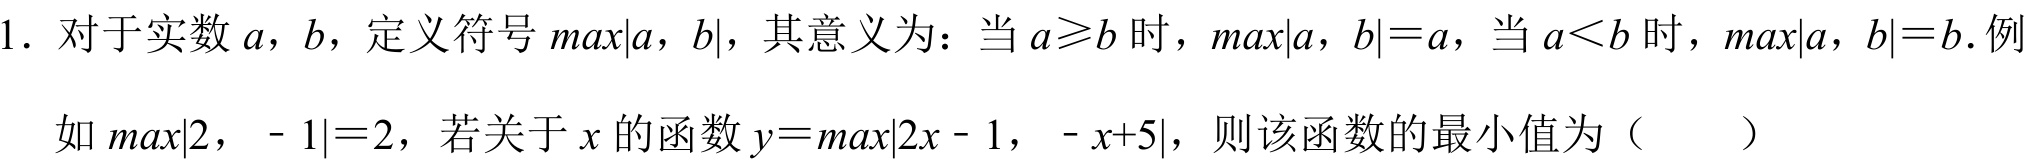
1. 对于实数\(a\)，\(b\)，定义符号\(max\{a,b\}\)，其意义为：当\(a\geqslant b\)时，\(max\{a,b\}=a\)，当\(a < b\)时，\(max\{a,b\}=b\). 例如\(max\{2, - 1\}=2\)，若关于\(x\)的函数\(y = max\{2x - 1, - x + 5\}\)，则该函数的最小值为（  ）